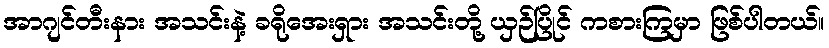
အာဂျင်တီးနား အသင်းနဲ့ ခရိုအေးရှား အသင်းတို့ ယှဉ်ပြိုင် ကစားကြမှာ ဖြစ်ပါတယ်။